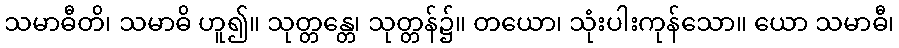
သမာဓီတိ၊ သမာဓိ ဟူ၍။ သုတ္တန္တေ၊ သုတ္တန်၌။ တယော၊ သုံးပါးကုန်သော။ ယော သမာဓီ၊